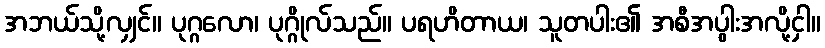
အဘယ်သို့လျှင်။ ပုဂ္ဂလော၊ ပုဂ္ဂိုလ်သည်။ ပရဟိတာယ၊ သူတပါး၏ အစီအပွါးအလို့ငှါ။